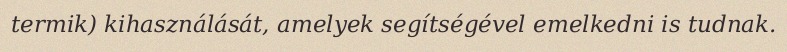
termik) kihasználását, amelyek segítségével emelkedni is tudnak.